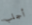
أجلب